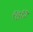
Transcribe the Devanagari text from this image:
९७१२